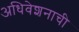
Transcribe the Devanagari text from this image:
अधिवेशनाची